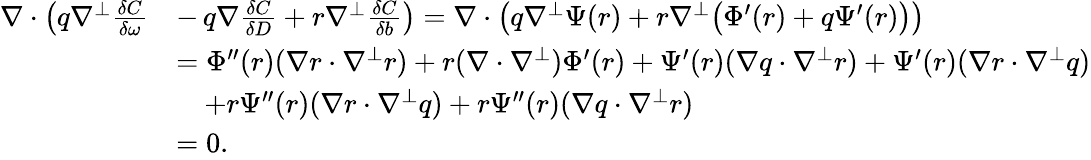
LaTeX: \begin{array}{rl}{\nabla\cdot\left(q\nabla^{\perp}\frac{\delta C}{\delta\omega}\right.}&{-\left.q\nabla\frac{\delta C}{\delta D}+r\nabla^{\perp}\frac{\delta C}{\delta b}\right)=\nabla\cdot\left(q\nabla^{\perp}\Psi(r)+r\nabla^{\perp}\big(\Phi^{\prime}(r)+q\Psi^{\prime}(r)\big)\right)}\\ &{=\Phi^{\prime\prime}(r)(\nabla r\cdot\nabla^{\perp}r)+r(\nabla\cdot\nabla^{\perp})\Phi^{\prime}(r)+\Psi^{\prime}(r)(\nabla q\cdot\nabla^{\perp}r)+\Psi^{\prime}(r)(\nabla r\cdot\nabla^{\perp}q)}\\ &{\quad+r\Psi^{\prime\prime}(r)(\nabla r\cdot\nabla^{\perp}q)+r\Psi^{\prime\prime}(r)(\nabla q\cdot\nabla^{\perp}r)}\\ &{=0.}\end{array}